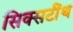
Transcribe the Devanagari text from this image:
सिक्सटींथ